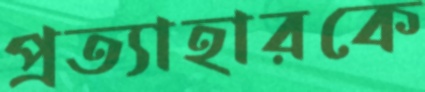
প্রত্যাহারকে